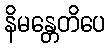
နိမန္တေတိပေ